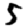
Digit: 5